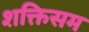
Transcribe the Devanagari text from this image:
शक्तिसम